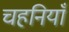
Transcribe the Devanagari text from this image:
चहनियाँ